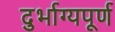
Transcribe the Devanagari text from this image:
दुर्भाग्‍यपूर्ण